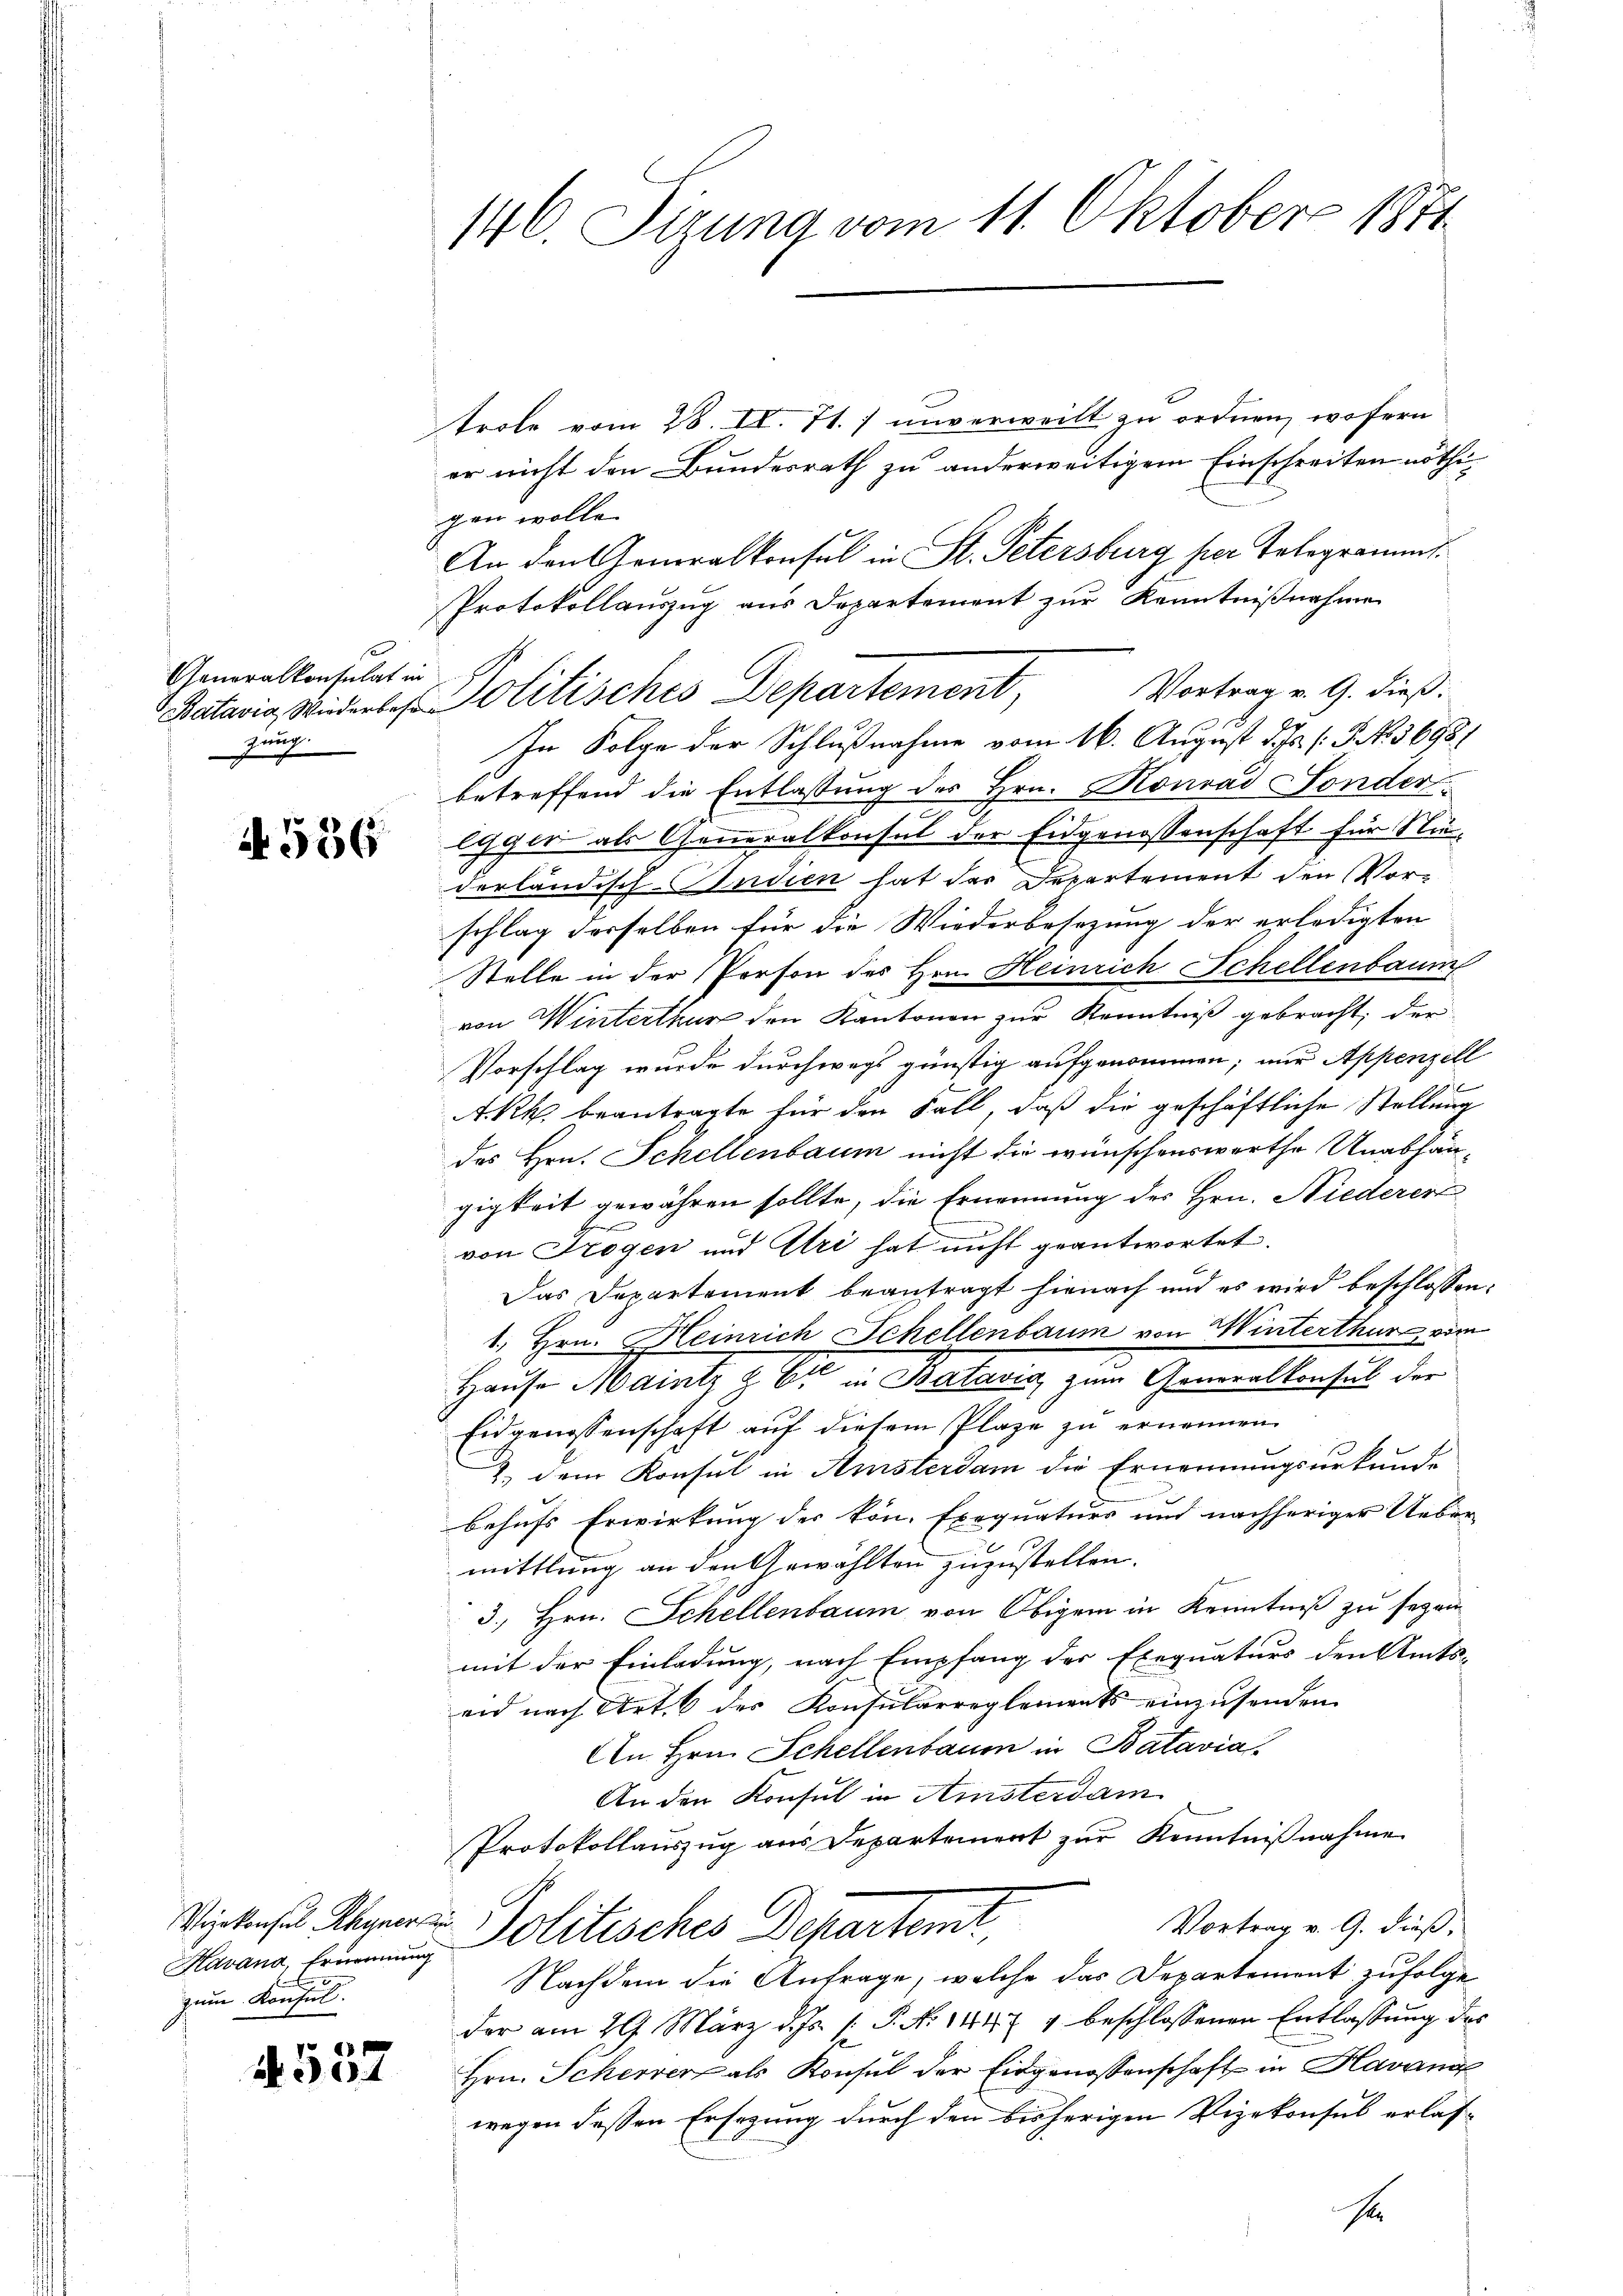
Generalkonsulat in
Batavia, Wiederbese
zung.

A. 536

Kavana, Ernennung
zum Konsul

4
N 501

146. Sitzung vom 11. Oktobers 1871.

trole vom 28. IV. Tt.) unverweilt zu ordnen, wofern
er nicht den Bundesrath zu anderweitigem Einschreiten nöthigen wolle.
An den Generalkonsul in St. Petersburg per Telegramms.
Protokollauszug aus Departement zŭr Kenntniβnahme
In Folge der Schlußnahme vom 16. August d. Js. (T No 3698/
betreffend die Entlassung des Hrn. Konrad Sonderlgger als Generalkonsul der Eidgenossenschaft für Niederländisch-Indien hat der Departement den Vor-
schlag derselben für die Wiederbesezung der erledigten
Stelle in der Person des Hrn. Heinrich Schellenbaum
von Winterthur den Kantonen zur Kenntniß gebracht, der
Vorschlag wurde durchwegs günstig aufgenommen; nur Appenzell
A.Rh. beantragte für den Fall, daß die geschäftliche Stellung
des Hrn. Schellenbaum nicht die wünschenswerthe Unabhän-
gigkeit gewähren sollte, die Ernennung des Hrn. Niederer
von Trogen und Uri hat nicht geantwortet.
Das Departement beantragt hienach und es wird beschlossen:
1. Hrn. Heinrich Schellenbaum von Winterthur vom
Hause Maintz & Er in Batavia, zum Generalkonsul der
Eidgenossenschaft auf diesem Plaze zu ernennen.
2. dem Konsul in Amsterdam die Ernennungsurkunde
behufs Erwirkung der kön. Exequaturs und nachheriger Ueber-
mittlung an den Gewählten zuzustellen.
3., Hrn. Schellenbaum von Obigem in Kenntniß zu seyen
mit der Einladung, nach Empfang des Exequaturs den Amts-
eid nach Art. 6 des Konsularreglements einzusenden.
An Hrn. Schellenbauen in Batavia.
An den Konsul in Amsterdam
Protokollauszug aus Departement zur Kenntnißnahme
Vortrag v. 9. dieß,
Vickensus Aeger Politisches Departemt
Nachdem die Anfrage, welche das Departement zufolge
der am 29. März d. Js. s. P. No 1447 4 beschlossenen Entlassung des
Hrn. Scherer als Konsul der Eidgenossenschaft in Havanc
wegen deßen Ersezung durch den bisherigen Vizekonsul erlas¬

Politisches Departement, Vortragen 9. dieß.

s